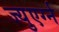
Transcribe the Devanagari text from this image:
ज्युएर्ग्न